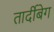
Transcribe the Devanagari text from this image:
तार्दीबेग